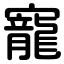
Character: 寵